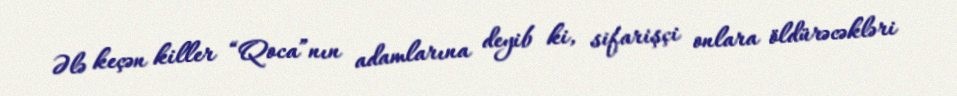
Ələ keçən killer “Qoca”nın adamlarına deyib ki, sifarişçi onlara öldürəcəkləri